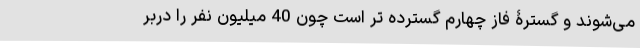
می‌شوند و گسترۀ فاز چهارم گسترده تر است چون 40 میلیون نفر را دربر